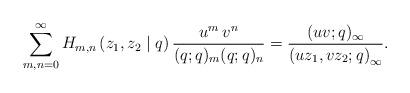
LaTeX: \begin{align*}\sum_{m,n=0}^\infty H_{m,n}\left(z_1,z_2\mid q\right)\frac{u^m\,v^n}{(q;q)_m(q;q)_n}=\frac{(uv;q)_\infty}{\left(uz_1,vz_2;q\right)_\infty}.\end{align*}